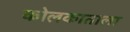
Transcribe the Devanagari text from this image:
कोलकाताला